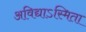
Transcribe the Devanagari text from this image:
अविद्याऽस्मिता